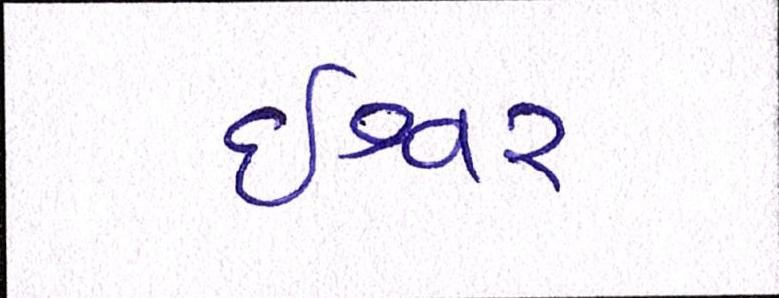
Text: ઈશ્વર